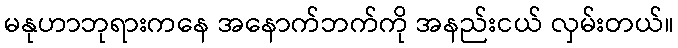
မနုဟာဘုရားကနေ အနောက်ဘက်ကို အနည်းငယ် လှမ်းတယ်။